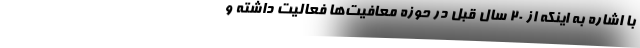
با اشاره به اینکه از ۲۰ سال قبل در حوزه معافیت‌ها فعالیت داشته و